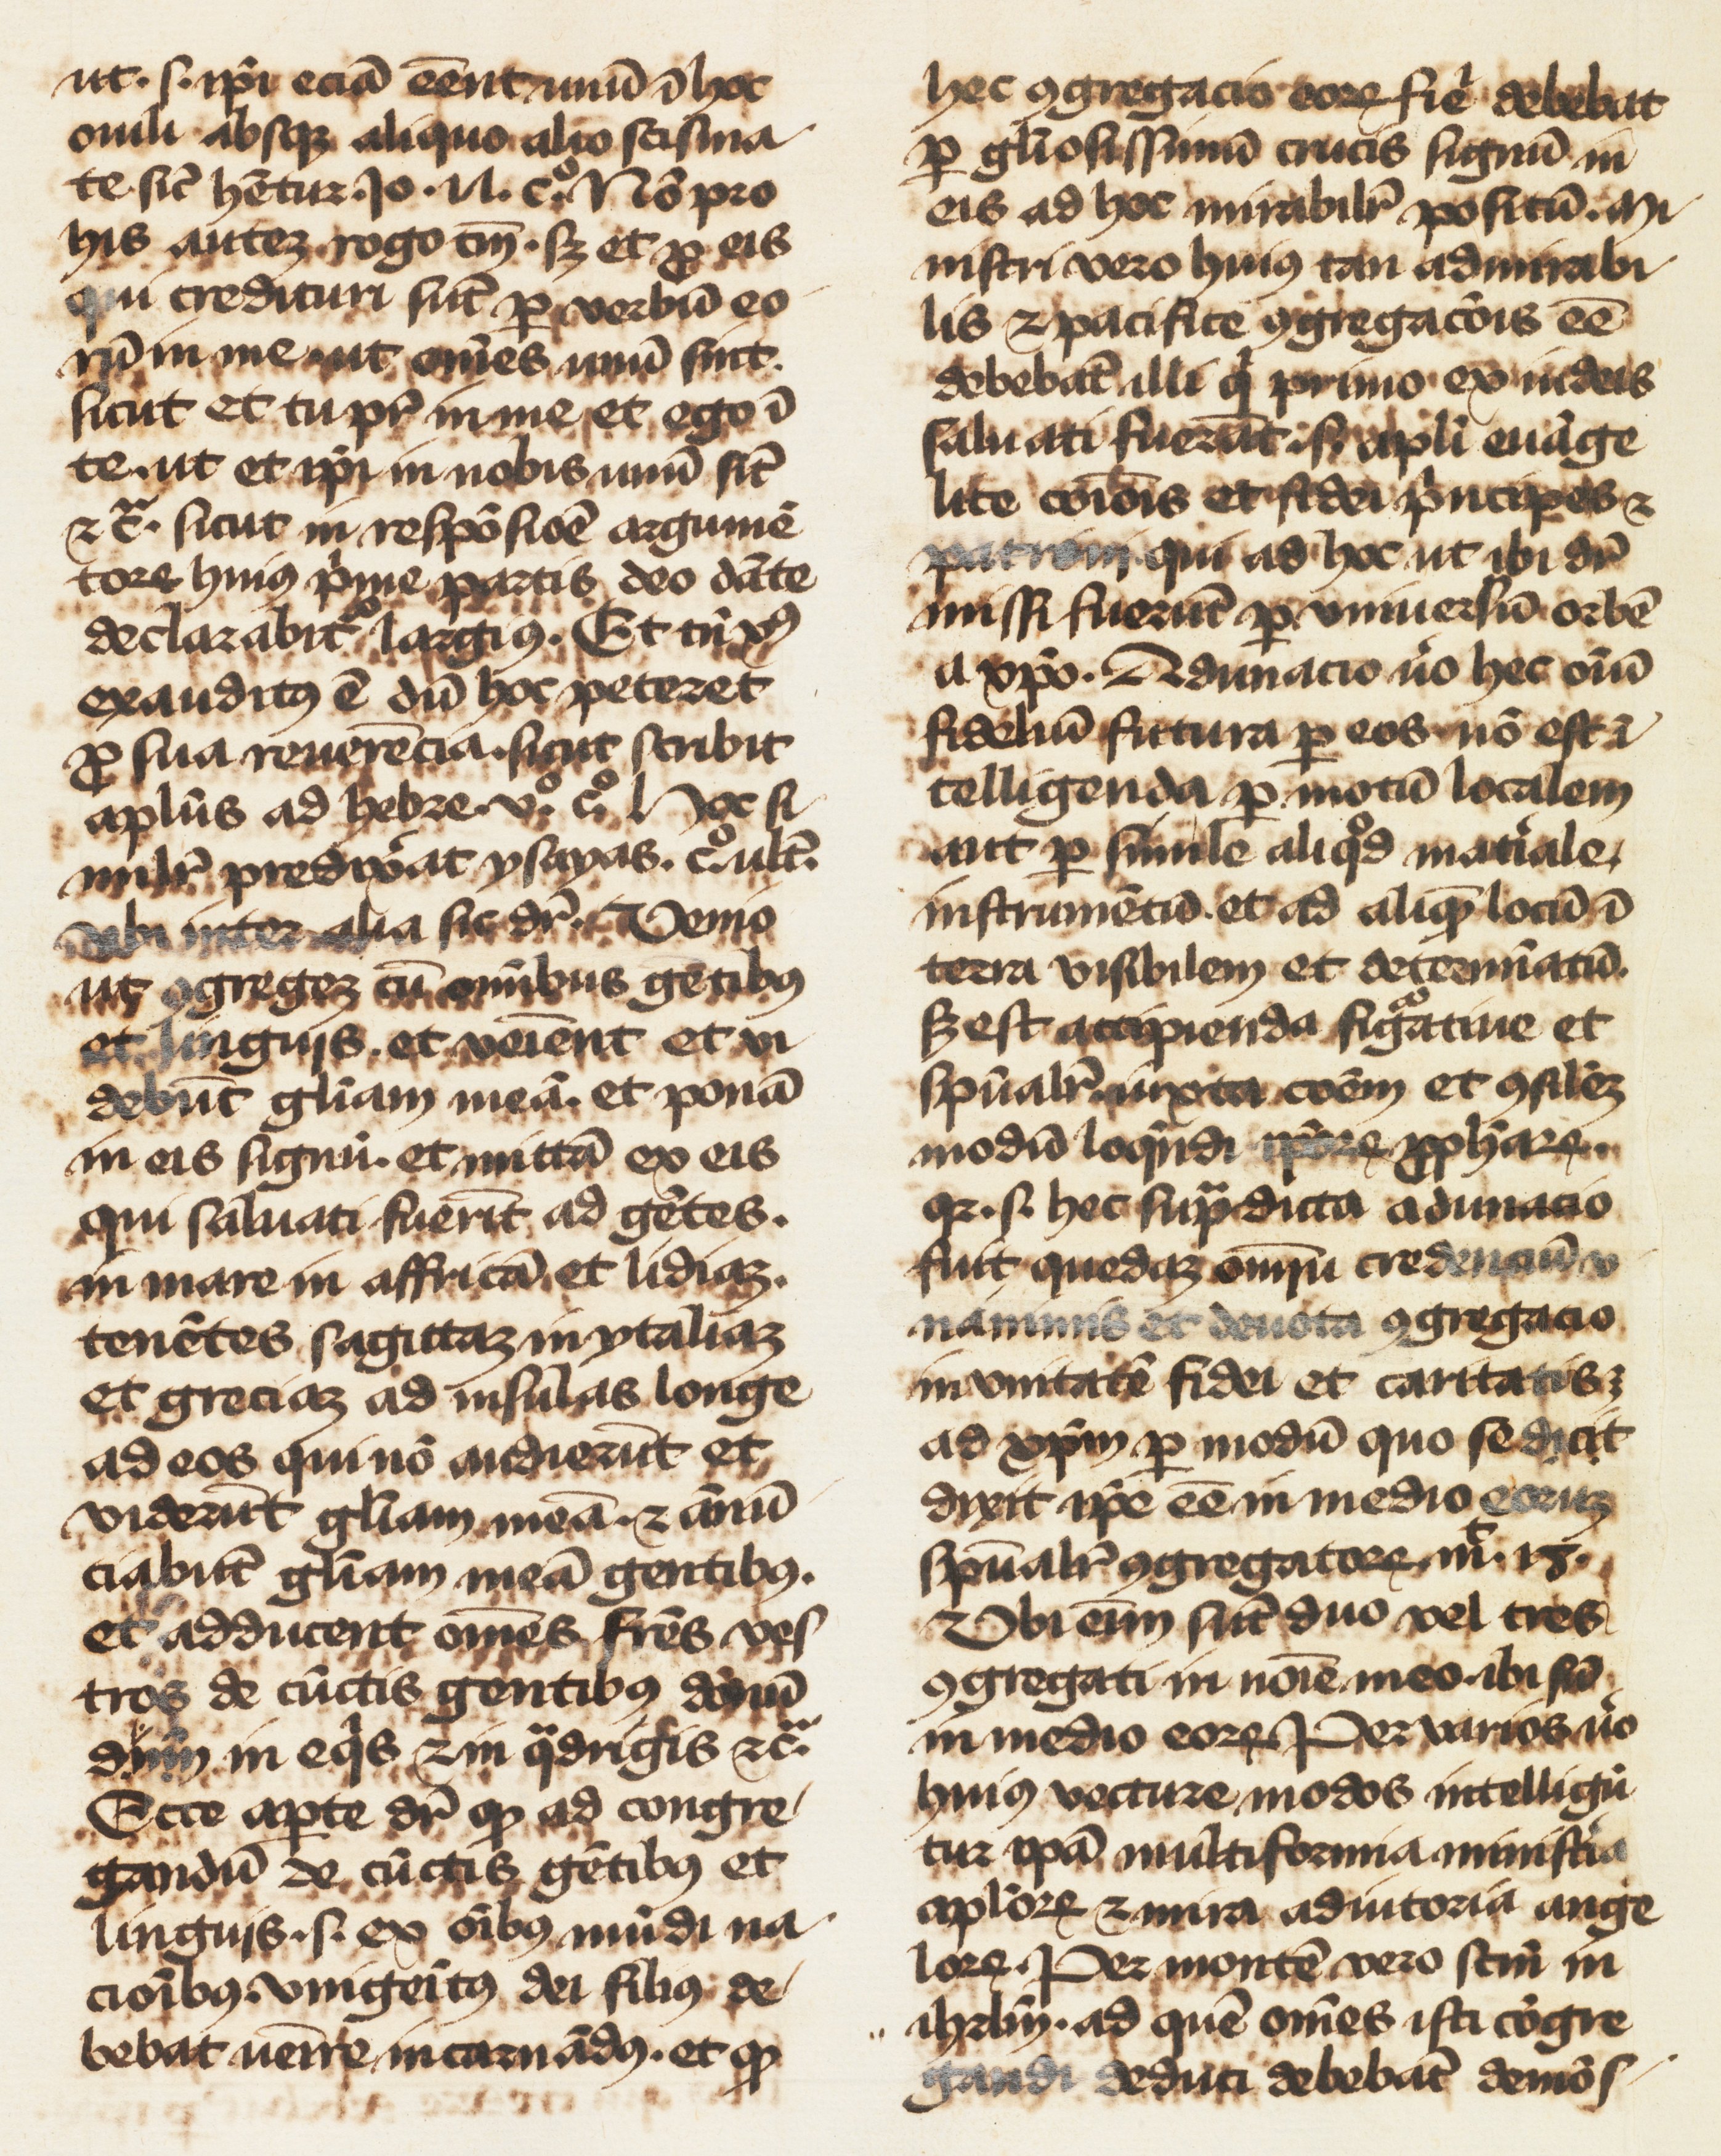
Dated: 1400–1499